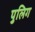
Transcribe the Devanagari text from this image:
पुलिग